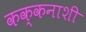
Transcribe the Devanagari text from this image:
कक्कनाशी